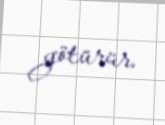
götürür.